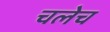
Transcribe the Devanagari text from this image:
चलेच